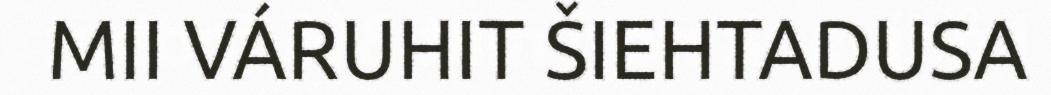
MII VÁRUHIT ŠIEHTADUSA